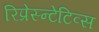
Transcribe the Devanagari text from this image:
रिप्रेस्न्टेटिव्स